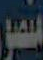
منصور